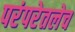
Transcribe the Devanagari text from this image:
परंपरेतलेच